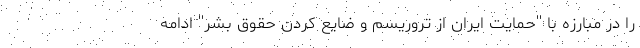
را در مبارزه با ''حمایت ایران از تروریسم و ضایع کردن حقوق بشر'' ادامه